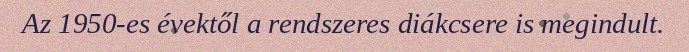
Az 1950-es évektől a rendszeres diákcsere is megindult.